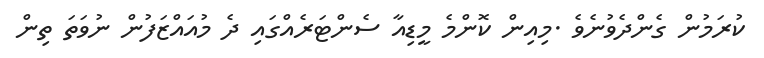
ކުރަމުން ގެންދެވުނެވެެ .މިއިން ކޮންމެ މީޑިއާ ސެންޓަރެއްގައި ދެ މުއައްޒަފުން ނުވަތަ ތިން